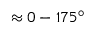
\approx 0 - 1 7 5 ^ { \circ }